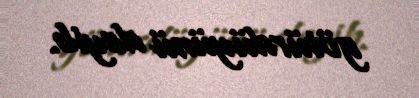
götürdüyünü deyib.